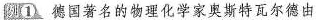
例① 德国著名的物理化学家奥斯特瓦尔德由